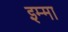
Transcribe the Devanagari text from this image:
इम्मा